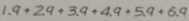
1 . 9 + 2 . 9 + 3 . 9 + 4 . 9 + 5 . 9 + 6 . 9